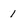
Character: 1